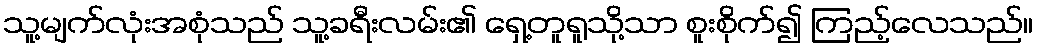
သူ့မျက်လုံးအစုံသည် သူ့ခရီးလမ်း၏ ရှေ့တူရူသို့သာ စူးစိုက်၍ ကြည့်လေသည်။